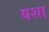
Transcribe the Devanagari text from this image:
यशा